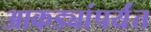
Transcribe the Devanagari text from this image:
आकड्यांपर्यंत